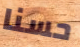
حسنا